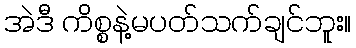
အဲဒီ ကိစ္စနဲ့မပတ်သက်ချင်ဘူး။